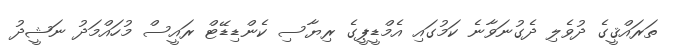
ތަރައްޤީގެ ދުވެލި ދެގުނަވާނެ ކަމުގައި އެމްޑީޕީގެ ރިޔާސި ކެންޑިޑޭޓް ރައީސް މުހައްމަދު ނަޝީދު